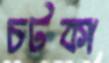
চটকা